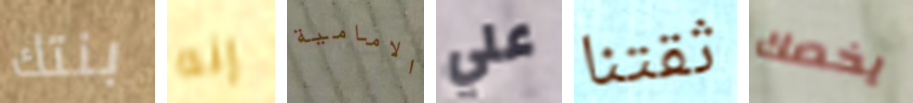
بنتك إنه الامامية علي ثقتنا يخصك